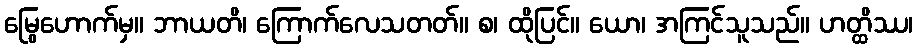
မြွေဟောက်မှ။ ဘာယတိ၊ ကြောက်လေသတတ်။ စ၊ ထိုပြင်။ ယော၊ အကြင်သူသည်။ ဟတ္ထိဿ၊